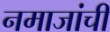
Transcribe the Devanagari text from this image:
नमाजांची